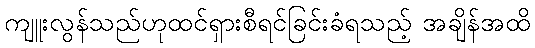
ကျူးလွန်သည်ဟုထင်ရှားစီရင်ခြင်းခံရသည့် အချိန်အထိ